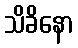
သိခိနော